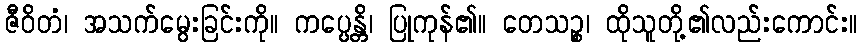
ဇီဝိတံ၊ အသက်မွေးခြင်းကို။ ကပ္ပေန္တိ၊ ပြုကုန်၏။ တေသဉ္စ၊ ထိုသူတို့၏လည်းကောင်း။